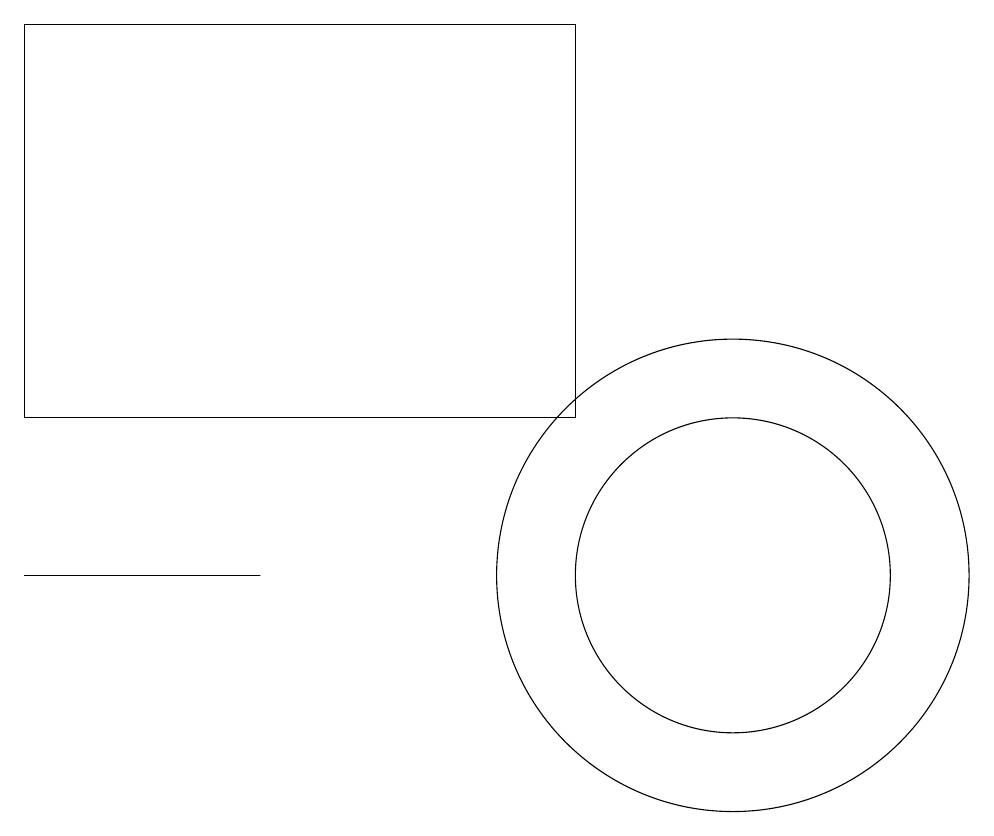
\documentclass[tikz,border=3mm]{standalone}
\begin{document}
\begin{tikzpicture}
\draw (10,11) circle (2);
\draw (10,11) circle (3);
\draw (8,18) rectangle (1,13);
\draw (4,11) rectangle (1,11);
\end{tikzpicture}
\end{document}